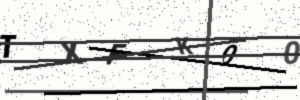
Text: TXFK00